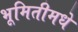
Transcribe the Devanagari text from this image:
भूमितीमधे